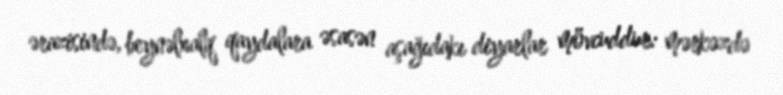
ərazisində, beynəlxalq qaydalara əsasən aşağıdakı diyarlar mövcuddur: mərkəzdə